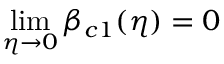
\operatorname* { l i m } _ { \eta \to 0 } \beta _ { c 1 } ( \eta ) = 0